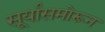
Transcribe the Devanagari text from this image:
सू्र्यासमोरून